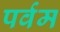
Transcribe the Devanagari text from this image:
पर्वम